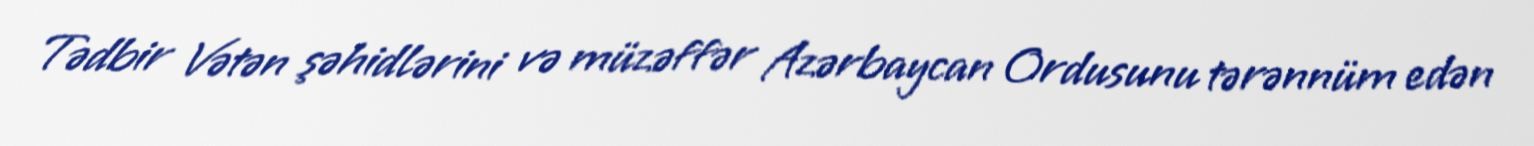
Tədbir Vətən şəhidlərini və müzəffər Azərbaycan Ordusunu tərənnüm edən